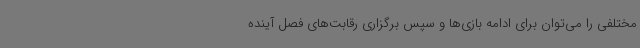
مختلفی را می‌توان برای ادامه بازی‌ها و سپس برگزاری رقابت‌های فصل آینده